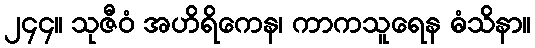
၂၄၄။ သုဇီဝံ အဟိရိကေန၊ ကာကသူရေန ဓံသိနာ။